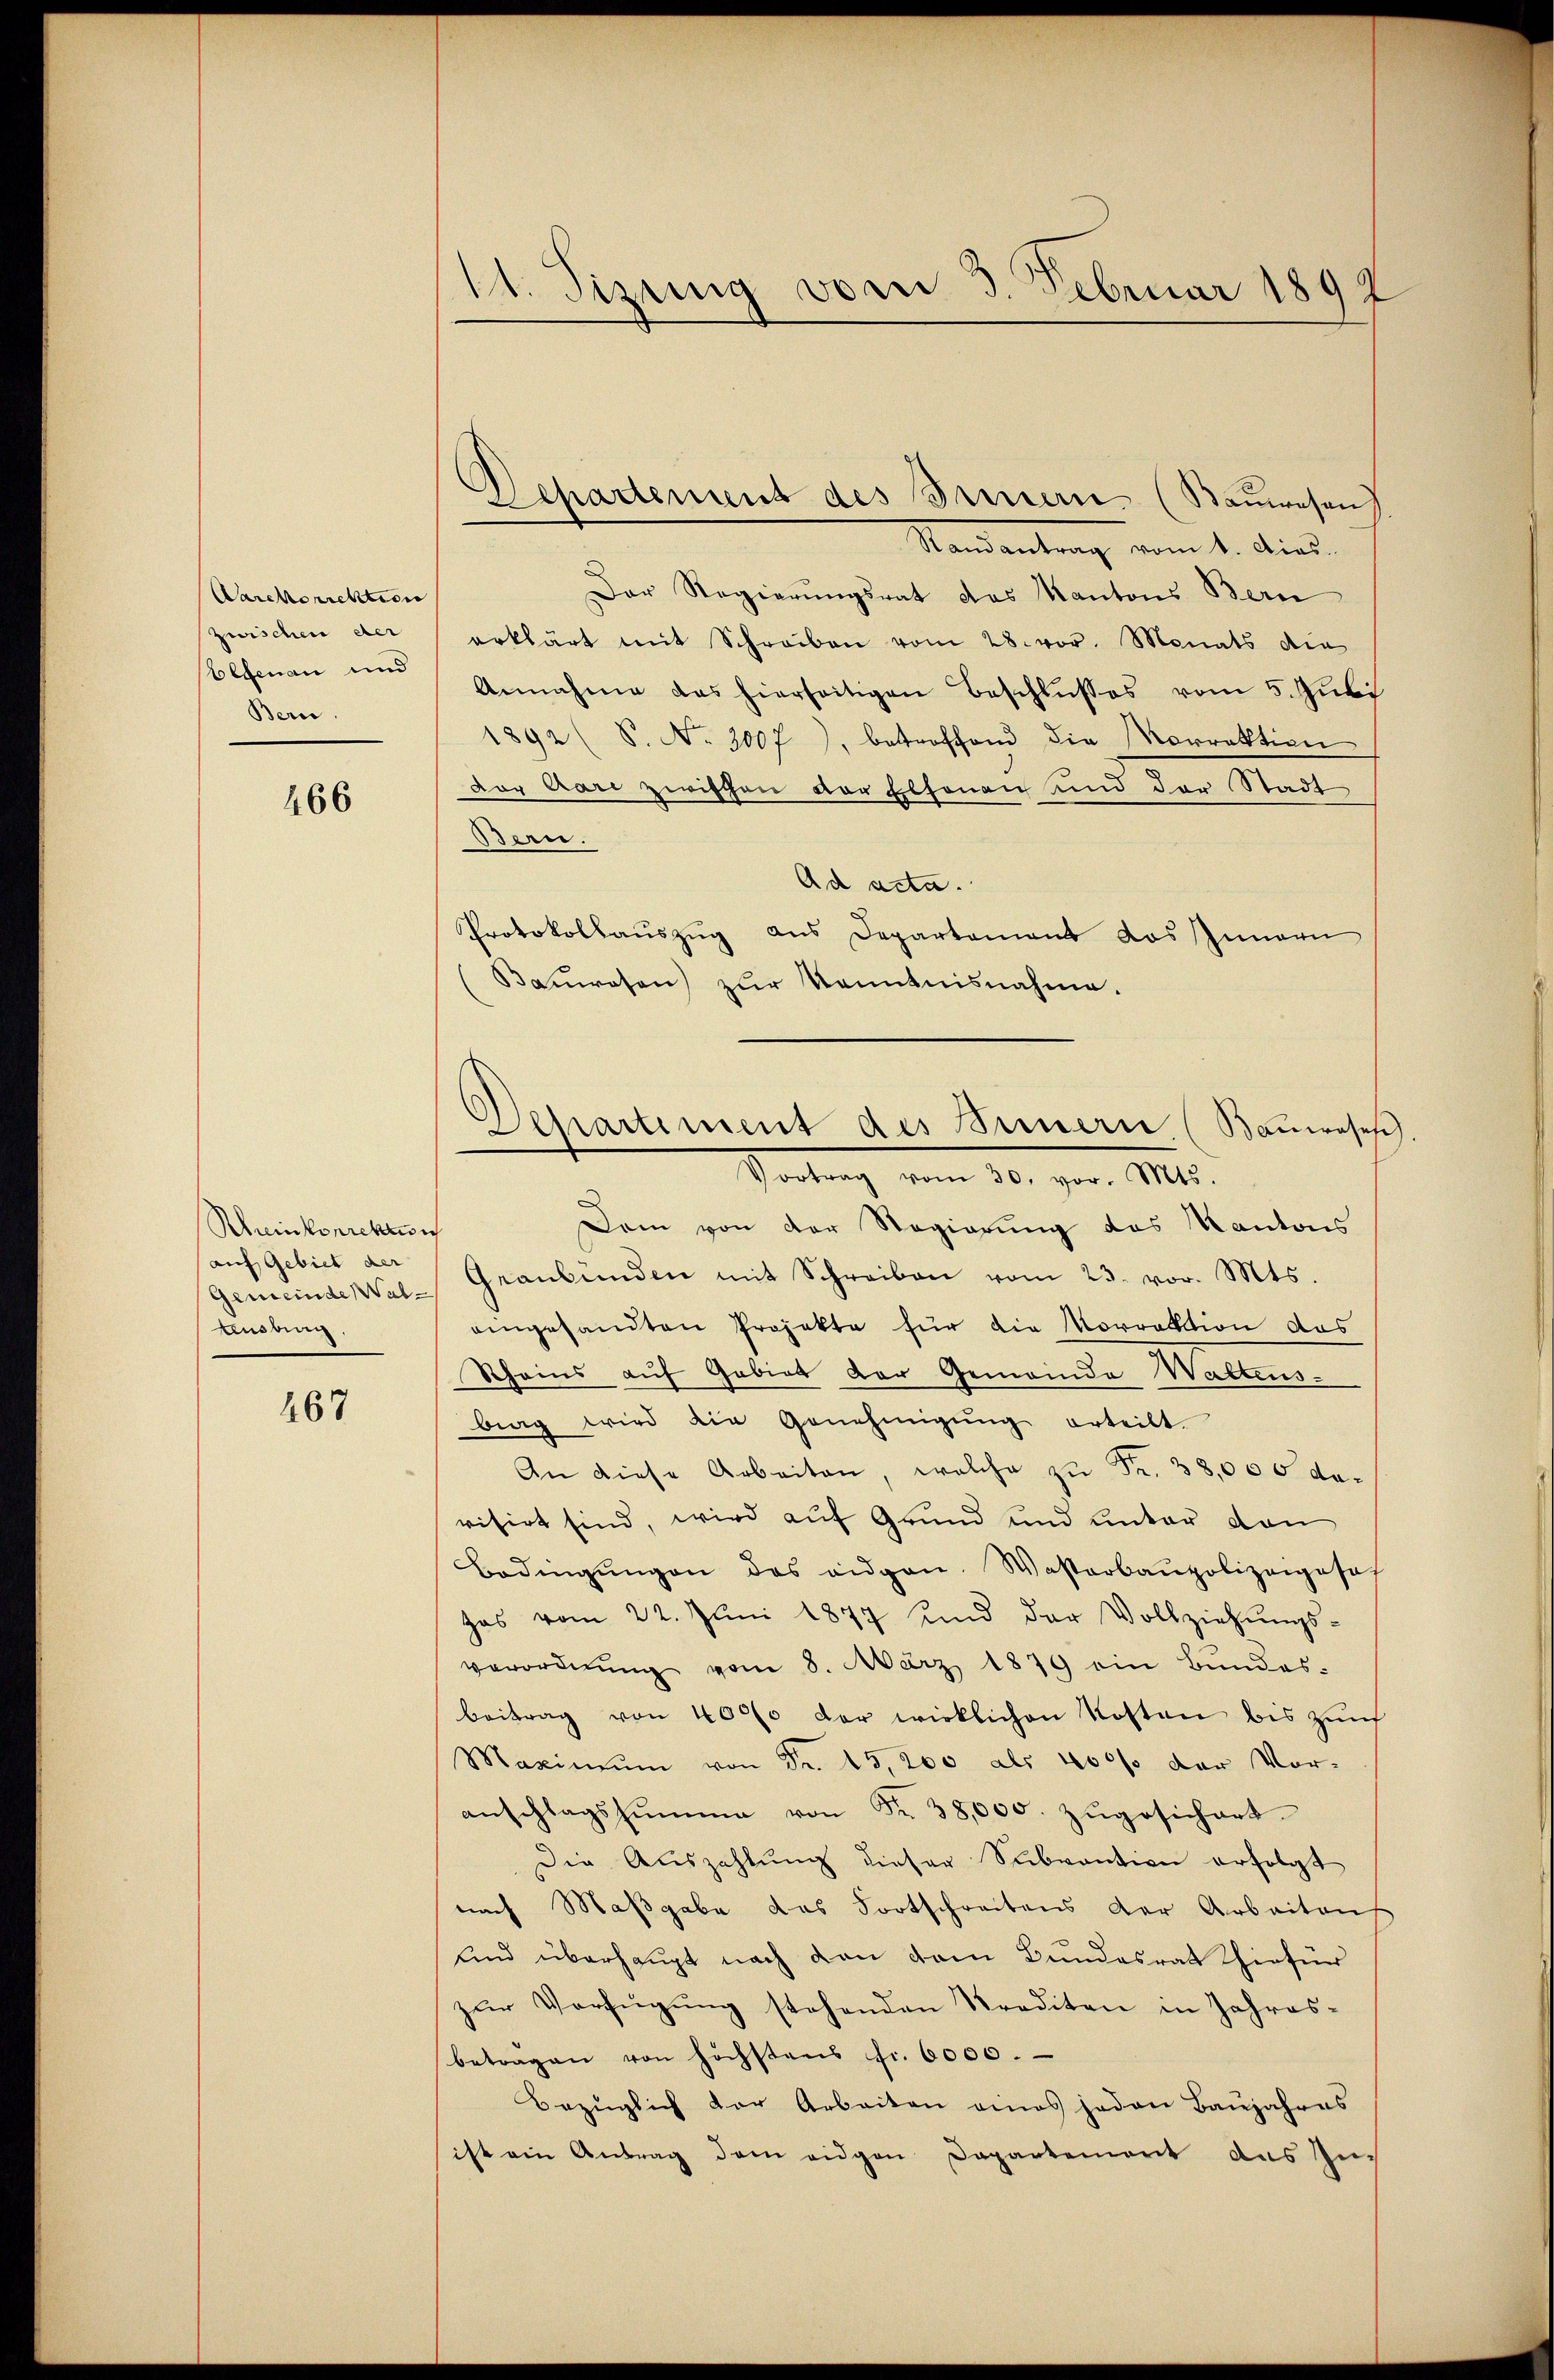
Aarckorrektion
zwischen der
Oefenan und
Bern

466

Rheinkorrektion
auf Gebiet der
Gemeinde Waltensburg,

467

11. Sizung vom 3. Februar 1892

Departement des Bauern. (Sauwesen

Separtiment des Innere (Bauwese
Vortrag vom 30. vor. Mts.

Randantrag vom 1. dies
Der Regierŭngsrat des Kantons Bern
erklärt mit Schreiben vom 28. vor. Monats die
Annahme das hierseitigen Beschlŭsses vom 5. Jŭli
1892 (S. Nr. 3007), betroffend die Vorrektion
dor Aare zwischen der Elsonen und der Stadt
Bern.
Ad acta.
Protokollauszug aus Departement das Innern
(Baŭwesen zŭr Kenntnisnahme.
Dem von der Regierung des Kantons
Geanbünden mit Schreiben vom 23. vor. Mts.
angesandten Projekte für die Vorrektion das
Scheins auf Gebiet der Gemeinde Waltens.
bing wird die Genehmigŭng erteilt.
An diese Arbeiten, welche zŭ Fr. 38,000 devisirt sind, wird auf Grund und unter von
Bedingŭngen des eidgen. Wasterbaupolizeigeset
zas vom 22. Jŭni 1877 und der Vollziehŭngs-
verordnŭng vom 8. März 1879 ein Bŭndes-
beitrag von 4000 der wirklichen Kosten bis zŭm
Maximŭm von Fr. 15,200 als 400% der Vor-
anschlagshŭmme von Nr. 38,000. zŭgesichert.
Die Auszahlung dieser Subvention erfolgt
nach Maβgabe das Fortschreitens der Arbeitens
und überhaupt nach den vom Bundesrat hiefer
zŭr Verfügung stehenden Straditen in Jahresbeträgen von höchstens fr. 6000.
Bezüglich der Arbeiten eines jeden Baujahres
ist ein Antrag dem eidgen Departement aus Zuc